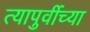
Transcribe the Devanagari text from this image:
त्यापुर्वीच्या